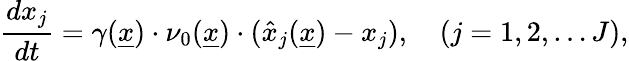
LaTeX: \frac{dx_{j}}{dt}=\gamma(\underline{{x}})\cdot\nu_{0}(\underline{{x}})\cdot(\hat{x}_{j}(\underline{{x}})-x_{j}),\quad(j=1,2,\dots J),